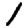
Digit: 1